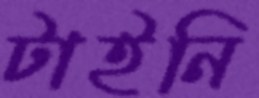
টাইনি